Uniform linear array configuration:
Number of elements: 16
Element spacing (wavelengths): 0.5
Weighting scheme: hamming
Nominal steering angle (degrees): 15
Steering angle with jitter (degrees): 15.488
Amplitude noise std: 0.05
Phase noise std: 0.05

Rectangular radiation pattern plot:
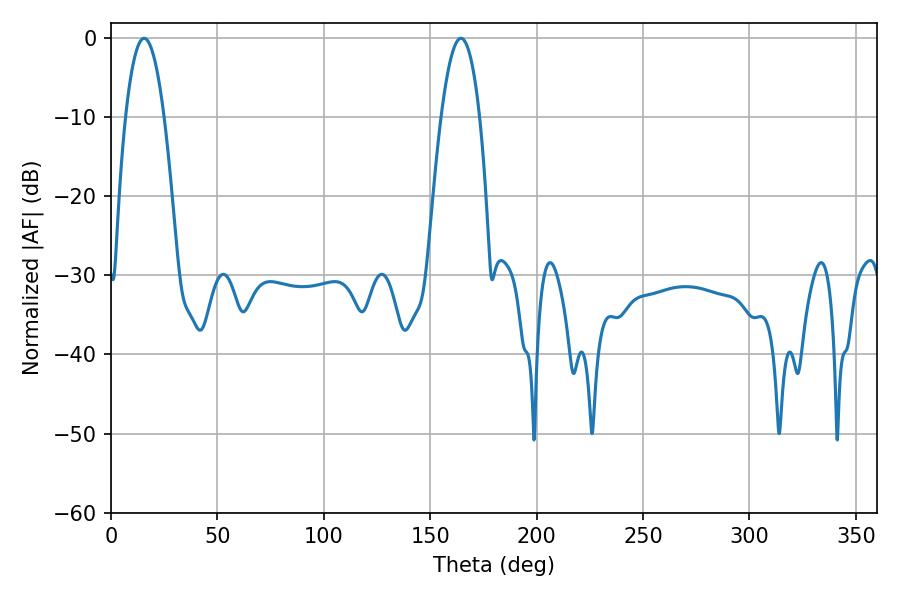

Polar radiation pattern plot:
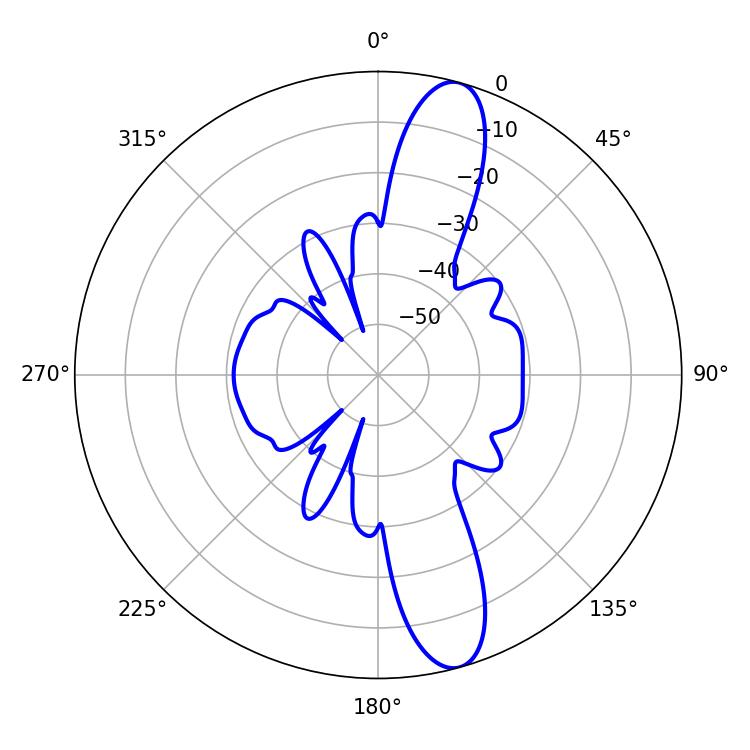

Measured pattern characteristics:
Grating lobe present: FALSE
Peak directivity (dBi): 12.945
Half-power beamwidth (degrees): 10.08
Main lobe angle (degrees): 15.48